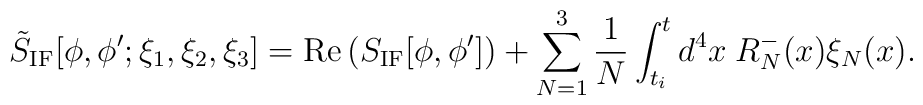
\tilde S_{\rm IF}[\phi,\phi';\xi_1,\xi_2,\xi_3] = {\rm Re}\left( S_{\rm IF}[\phi,\phi']\right) + \sum_{N=1}^3 {1\over N} \int_{t_i}^{t} d^4x\; R_N^-(x) \xi_N(x).